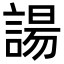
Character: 諹